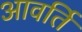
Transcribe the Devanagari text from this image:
आवर्ति